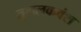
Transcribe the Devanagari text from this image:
तुगलकवंश